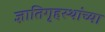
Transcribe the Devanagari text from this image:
ज्ञातिगृहस्थांच्या